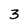
Character: 3